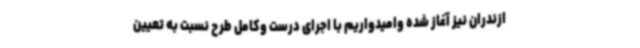
ازندران نیز آغاز شده وامیدواریم با اجرای درست وکامل طرح نسبت به تعیین